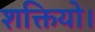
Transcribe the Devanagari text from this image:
शक्तियो।